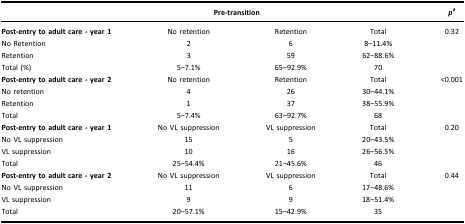
<table><thead><tr><td></td><td colspan="2"><b>Pre‐transition</b></td><td></td><td><b><i>p</i><sup>a</sup></b></td></tr></thead><tbody><tr><td><b>Post‐entry to adult care ‐ year 1</b></td><td>No retention</td><td>Retention</td><td>Total</td><td>0.32</td></tr><tr><td>No Retention</td><td>2</td><td>6</td><td>8–11.4%</td><td></td></tr><tr><td>Retention</td><td>3</td><td>59</td><td>62–88.6%</td><td></td></tr><tr><td>Total (%)</td><td>5–7.1%</td><td>65–92.9%</td><td>70</td><td></td></tr><tr><td><b>Post‐entry to adult care ‐ year 2</b></td><td>No retention</td><td>Retention</td><td>Total</td><td>&lt;0.001</td></tr><tr><td>No retention</td><td>4</td><td>26</td><td>30–44.1%</td><td></td></tr><tr><td>Retention</td><td>1</td><td>37</td><td>38–55.9%</td><td></td></tr><tr><td>Total</td><td>5–7.4%</td><td>63–92.7%</td><td>68</td><td></td></tr><tr><td><b>Post‐entry to adult care ‐ year 1</b></td><td>No VL suppression</td><td>VL suppression</td><td>Total</td><td>0.20</td></tr><tr><td>No VL suppression</td><td>15</td><td>5</td><td>20–43.5%</td><td></td></tr><tr><td>VL suppression</td><td>10</td><td>16</td><td>26–56.5%</td><td></td></tr><tr><td>Total</td><td>25–54.4%</td><td>21–45.6%</td><td>46</td><td></td></tr><tr><td><b>Post‐entry to adult care ‐ year 2</b></td><td>No VL suppression</td><td>VL suppression</td><td>Total</td><td>0.44</td></tr><tr><td>No VL suppression</td><td>11</td><td>6</td><td>17–48.6%</td><td></td></tr><tr><td>VL suppression</td><td>9</td><td>9</td><td>18–51.4%</td><td></td></tr><tr><td>Total</td><td>20–57.1%</td><td>15–42.9%</td><td>35</td><td></td></tr></tbody></table>